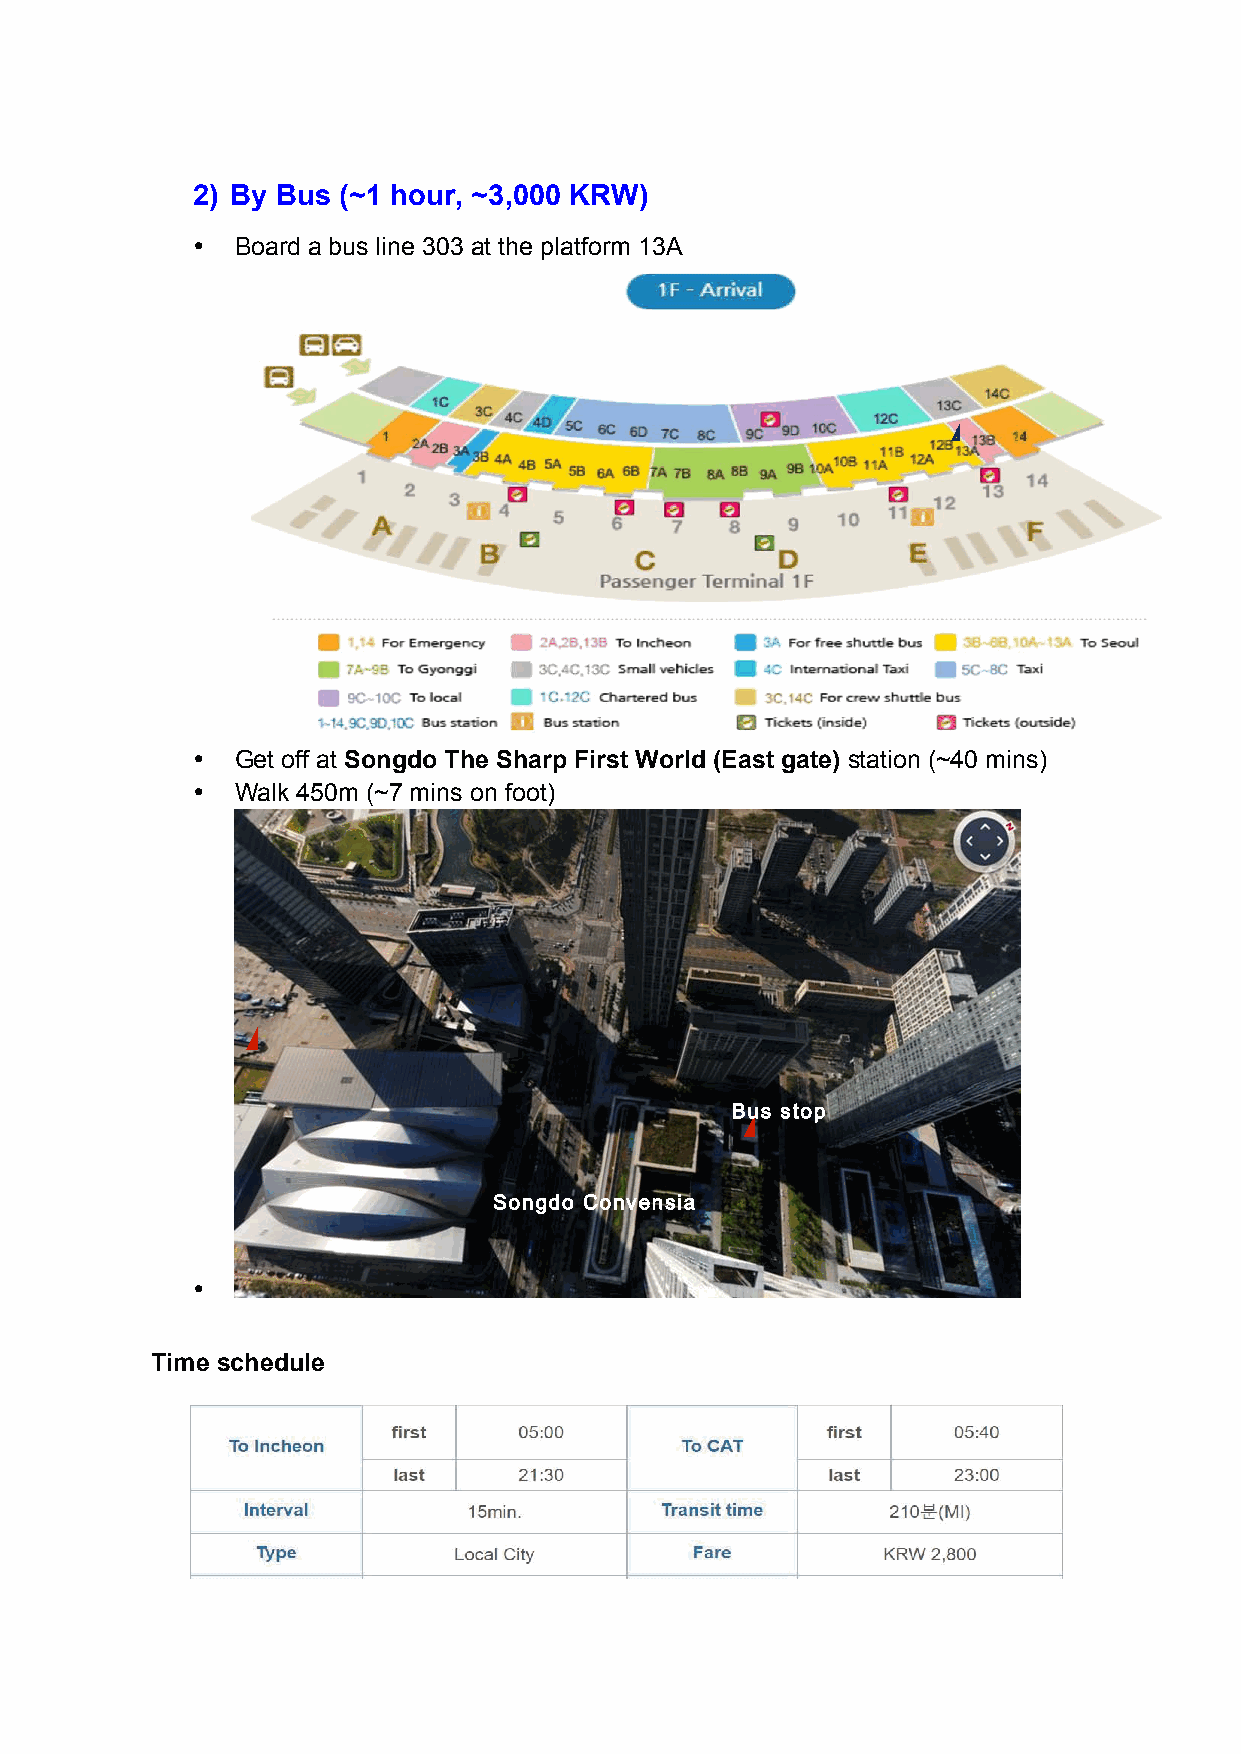
2) By Bus (~1 hour, ~3,000 KRW)
 •  Board a bus line 303 at the platform 13A
 •  Get off at Songdo The Sharp First World (East gate) station (~40 mins)
 •  Walk 450m (~7 mins on foot)
 Bus stop
 Songdo Convensia
 •
 Time schedule